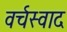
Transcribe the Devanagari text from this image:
वर्चस्वाद